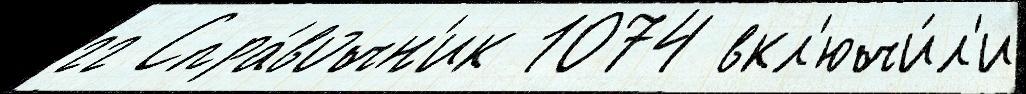
гг Спра́вочн'ик 1074 вкл'ючи́л'и